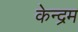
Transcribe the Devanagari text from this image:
केन्द्रम